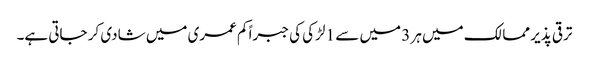
ترقی پذیر ممالک میں ہر 3 میں سے 1 لڑکی کی جبراً کم عمری میں شادی کر جاتی ہے۔